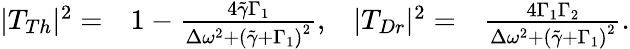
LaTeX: \begin{array}{rlrl}{|T_{Th}|^{2}=}&{1-\frac{4\tilde{\gamma}\Gamma_{1}}{\Delta\omega^{2}+\left(\tilde{\gamma}+\Gamma_{1}\right)^{2}},}&{|T_{Dr}|^{2}=}&{\frac{4\Gamma_{1}\Gamma_{2}}{\Delta\omega^{2}+\left(\tilde{\gamma}+\Gamma_{1}\right)^{2}}.}\end{array}